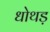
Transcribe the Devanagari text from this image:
धोथड़